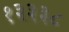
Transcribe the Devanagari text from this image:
१३३३८